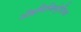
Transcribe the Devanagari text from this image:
अॅडमिनिस्ट्रेटिव्ह